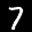
Label: 7